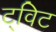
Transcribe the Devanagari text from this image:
ट्‌विट